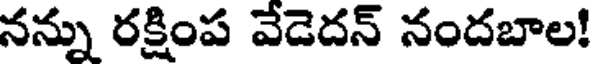
నన్ను రక్షింప వేడెదన్ నందబాల!